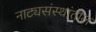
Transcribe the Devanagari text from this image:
नाट्यसंस्थांतील